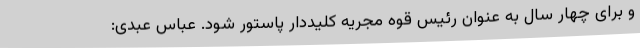
و برای چهار سال به عنوان رئیس قوه مجریه کلیددار پاستور شود. عباس عبدی: